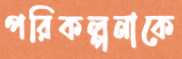
পরিকল্পনাকে